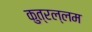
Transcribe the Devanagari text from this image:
कुत्रल्लम